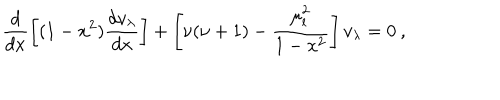
\frac { d } { d x } \left[ ( 1 - x ^ { 2 } ) \frac { d v _ { \lambda } } { d x } \right] + \left[ \nu ( \nu + 1 ) - \frac { \mu _ { l } ^ { 2 } } { 1 - x ^ { 2 } } \right] v _ { \lambda } = 0 \: ,